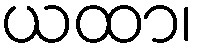
ယထာ၊